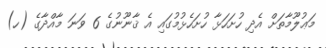
މަޢުލޫމާތަށް އެދި ހުށަހަޅާ ހުށަހެޅުމުގައި އެ ޤާނޫނުގެ 6 ވަނަ މާއްދާގެ (ހ)